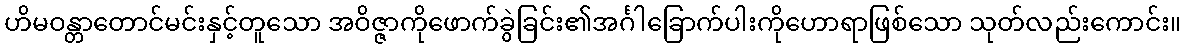
ဟိမဝန္တာတောင်မင်းနှင့်တူသော အဝိဇ္ဇာကိုဖောက်ခွဲခြင်း၏အင်္ဂါခြောက်ပါးကိုဟောရာဖြစ်သော သုတ်လည်းကောင်း။